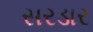
સરડાર